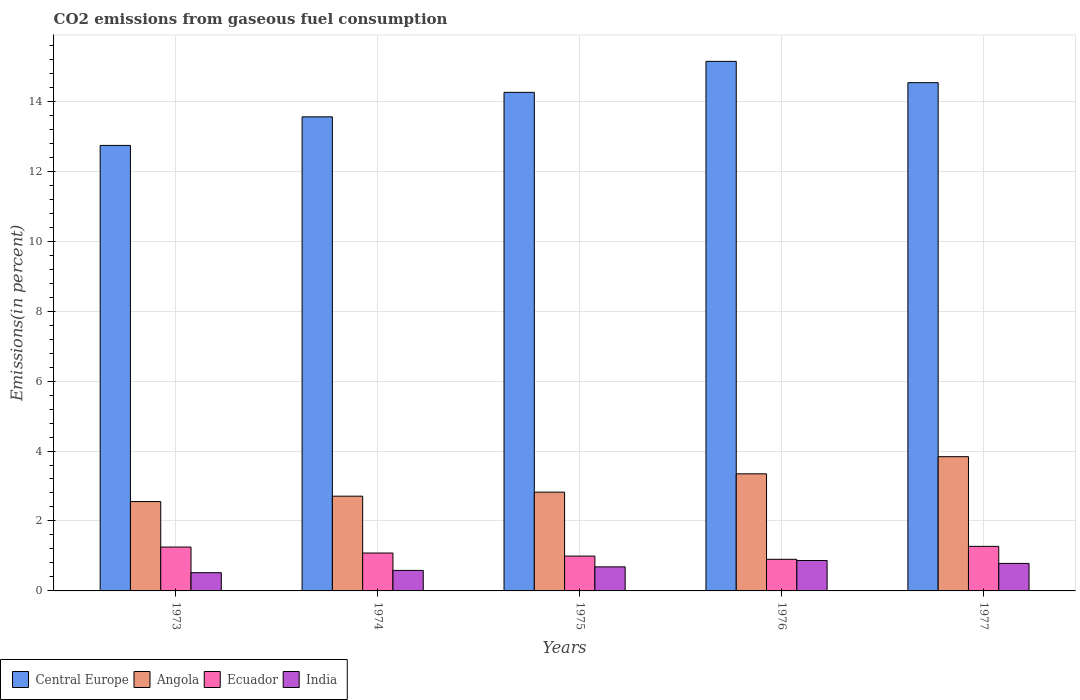
| Years | Central Europe | Angola | Ecuador | India |
 | --- | --- | --- | --- | --- |
 | 1973 | 12.7 | 2.55 | 1.25 | 0.521 |
 | 1974 | 13.6 | 2.71 | 1.08 | 0.586 |
 | 1975 | 14.3 | 2.82 | 0.996 | 0.688 |
 | 1976 | 15.1 | 3.35 | 0.904 | 0.87 |
 | 1977 | 14.5 | 3.84 | 1.27 | 0.786 |